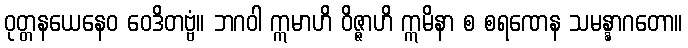
ဝုတ္တနယေနေဝ ဝေဒိတဗ္ဗံ။ ဘဂဝါ ဣမာဟိ ဝိဇ္ဇာဟိ ဣမိနာ စ စရဏေန သမန္နာဂတော။